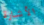
الأشارة